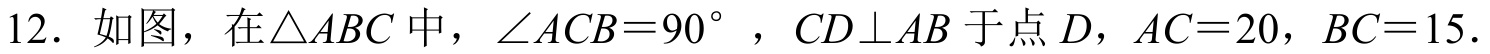
12. 如图，在$\triangle ABC$中，$\angle ACB = 90^{\circ}$，$CD\perp AB$于点$D$，$AC = 20$，$BC = 15$．